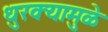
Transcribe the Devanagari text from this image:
धुरक्यामुळे